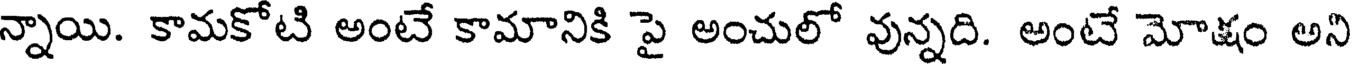
న్నాయి. కామకోటి అంటే కామానికి పై అంచులో వున్నది. అంటే మోక్షం అని